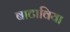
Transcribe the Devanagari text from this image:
बाटाविया